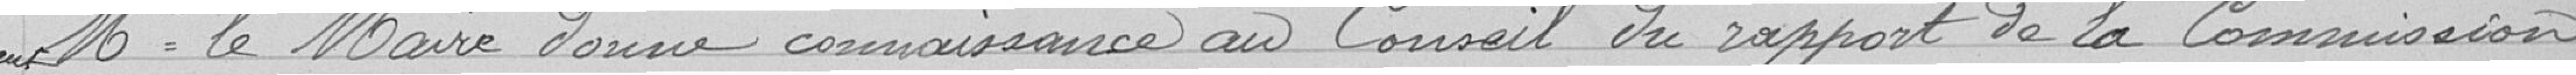
Mr le Maire donne connaissance au Conseil du rapport de la Commission